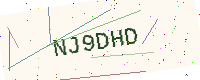
Text: NJ9DHD